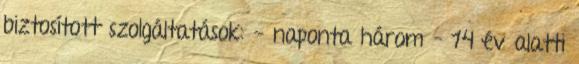
biztosított szolgáltatások: - naponta három – 14 év alatti